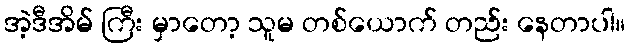
အဲ့ဒီအိမ် ကြီး မှာတော့ သူမ တစ်ယောက် တည်း နေတာပါ။